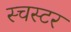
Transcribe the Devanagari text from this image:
स्चस्टर